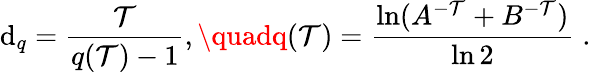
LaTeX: \mathrm{d}_{q}=\frac{{\mathcal{{T}}}}{{q(\mathcal{{T}})-1}},\quadq(\mathcal{{T}})=\frac{{\ln(A^{-\mathcal{{T}}}+B^{-\mathcal{{T}}})}}{{\ln2}}\; .